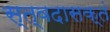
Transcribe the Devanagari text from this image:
स्त्वदासक्तं